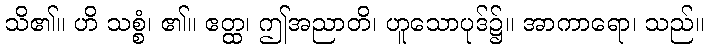
သိ၏။ ဟိ သစ္စံ၊ ၏။ ဧတ္ထ၊ ဤအညာတိ၊ ဟူသောပုဒ်၌။ အာကာရော၊ သည်။